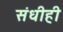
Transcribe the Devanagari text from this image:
संधीही